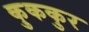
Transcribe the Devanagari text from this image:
कुककुर